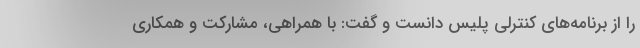
را از برنامه‌های کنترلی پلیس دانست و گفت: با همراهی، مشارکت و همکاری